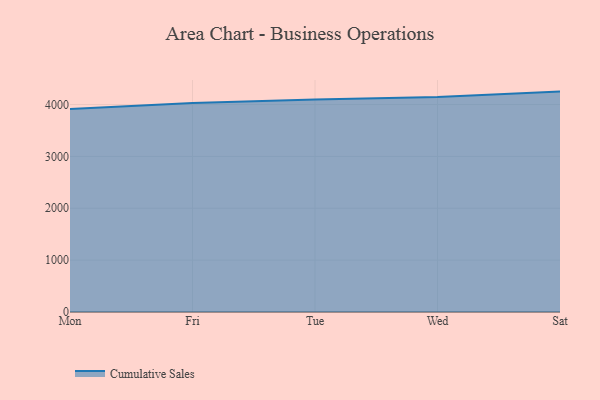
{"axis": {"x": "Day", "y": "Market Share (%)"}, "legend": ["Cumulative Sales"], "data": [{"x": "Mon", "y": 3911.9, "type": "Cumulative Sales"}, {"x": "Fri", "y": 4028.1, "type": "Cumulative Sales"}, {"x": "Tue", "y": 4096.9, "type": "Cumulative Sales"}, {"x": "Wed", "y": 4145.5, "type": "Cumulative Sales"}, {"x": "Sat", "y": 4249.8, "type": "Cumulative Sales"}]}